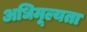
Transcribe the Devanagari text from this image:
अधिमूल्यता